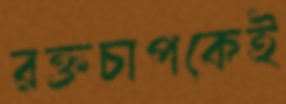
রক্তচাপকেই